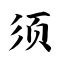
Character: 须